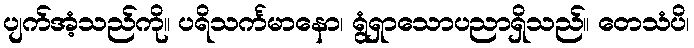
ပျက်အံ့သည်ကို။ ပရိသင်္ကမာနော၊ ရွံရှာသောပညာရှိသည်။ တေသံပိ၊